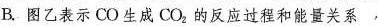
B.图乙表示CO生成CO_{2}的反应过程和能量关系